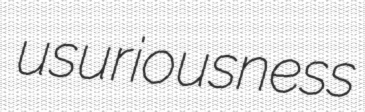
usuriousness